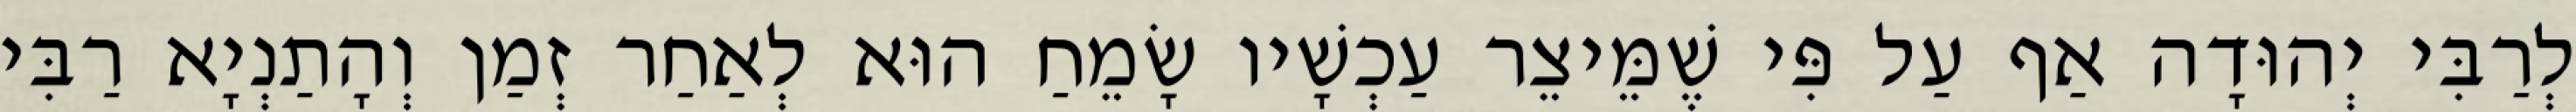
לְרַבִּי יְהוּדָה אַף עַל פִּי שֶׁמֵּיצֵר עַכְשָׁיו שָׂמֵחַ הוּא לְאַחַר זְמַן וְהָתַנְיָא רַבִּי